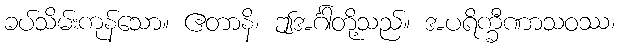
ခပ်သိမ်းကုန်သော။ ဧတာနိ၊ ဤအင်္ဂါတို့သည်။ အပရိက္ခီဏာသဝဿ၊